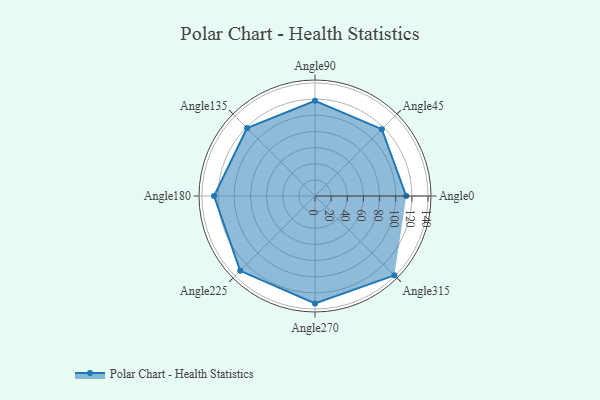
{"axis": {"x": "Angle", "y": "Radius"}, "legend": [""], "data": [{"x": "Angle0", "y": 113.0, "type": ""}, {"x": "Angle45", "y": 117.0, "type": ""}, {"x": "Angle90", "y": 118.0, "type": ""}, {"x": "Angle135", "y": 119.0, "type": ""}, {"x": "Angle180", "y": 125.0, "type": ""}, {"x": "Angle225", "y": 131.0, "type": ""}, {"x": "Angle270", "y": 133.0, "type": ""}, {"x": "Angle315", "y": 139.0, "type": ""}]}